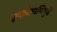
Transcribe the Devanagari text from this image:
झालेआणिपुढे